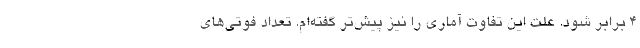
۴ برابر شود. علت این تفاوت آماری را نیز پیش‌تر گفته‌ام. تعداد فوتی‌های